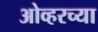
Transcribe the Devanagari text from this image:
ओव्हरच्या